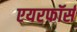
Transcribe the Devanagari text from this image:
एयरफॉर्स